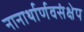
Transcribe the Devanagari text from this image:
नानार्थार्णवसंक्षेप